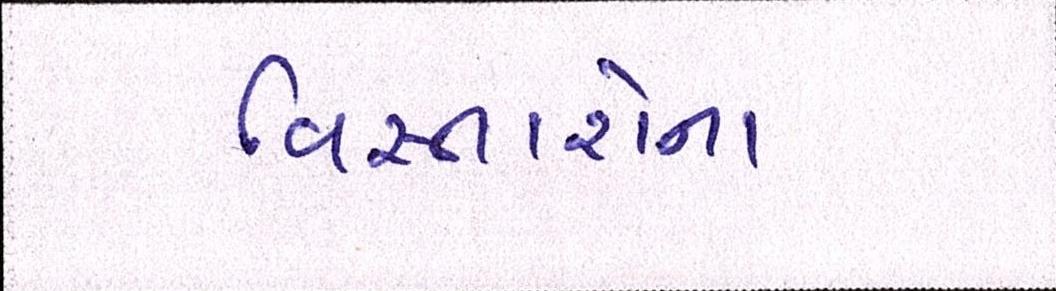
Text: વિસ્તારોના